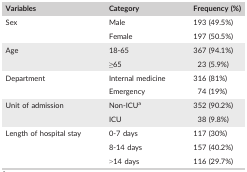
<table><thead><tr><td><b>Variables</b></td><td><b>Category</b></td><td><b>Frequency (%)</b></td></tr></thead><tbody><tr><td rowspan="2">Sex</td><td>Male</td><td>193 (49.5%)</td></tr><tr><td>Female</td><td>197 (50.5%)</td></tr><tr><td rowspan="2">Age</td><td>18‐65</td><td>367 (94.1%)</td></tr><tr><td>≥65</td><td>23 (5.9%)</td></tr><tr><td rowspan="2">Department</td><td>Internal medicine</td><td>316 (81%)</td></tr><tr><td>Emergency</td><td>74 (19%)</td></tr><tr><td rowspan="2">Unit of admission</td><td>Non‐ICUa</td><td>352 (90.2%)</td></tr><tr><td>ICU</td><td>38 (9.8%)</td></tr><tr><td rowspan="3">Length of hospital stay</td><td>0‐7 days</td><td>117 (30%)</td></tr><tr><td>8‐14 days</td><td>157 (40.2%)</td></tr><tr><td>&gt;14 days</td><td>116 (29.7%)</td></tr></tbody></table>